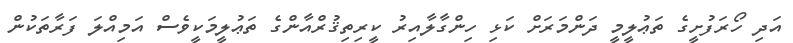
އަދި ހޯރަފުށީގެ ތަޢުލީމީ ދަންމަރަށް ކަޅި ހިންގާލާއިރު ކީރިތިޤުރްއާންގެ ތަޢުލީމަކީވެސް އަމިއްލަ ފަރާތަކުން